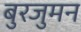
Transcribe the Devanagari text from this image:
बुरजुमन